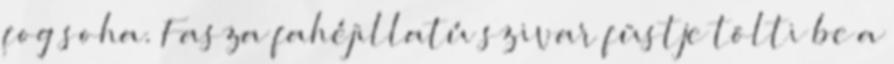
fog soha. Fasza fahéjillatú szivar füstje tölti be a